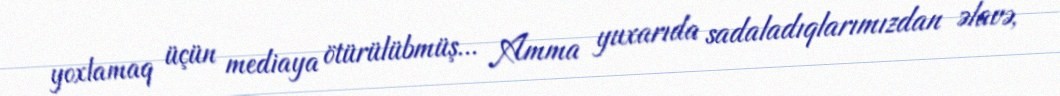
yoxlamaq üçün mediaya ötürülübmüş... Amma yuxarıda sadaladıqlarımızdan əlavə,